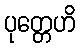
ပုတ္တေဟိ